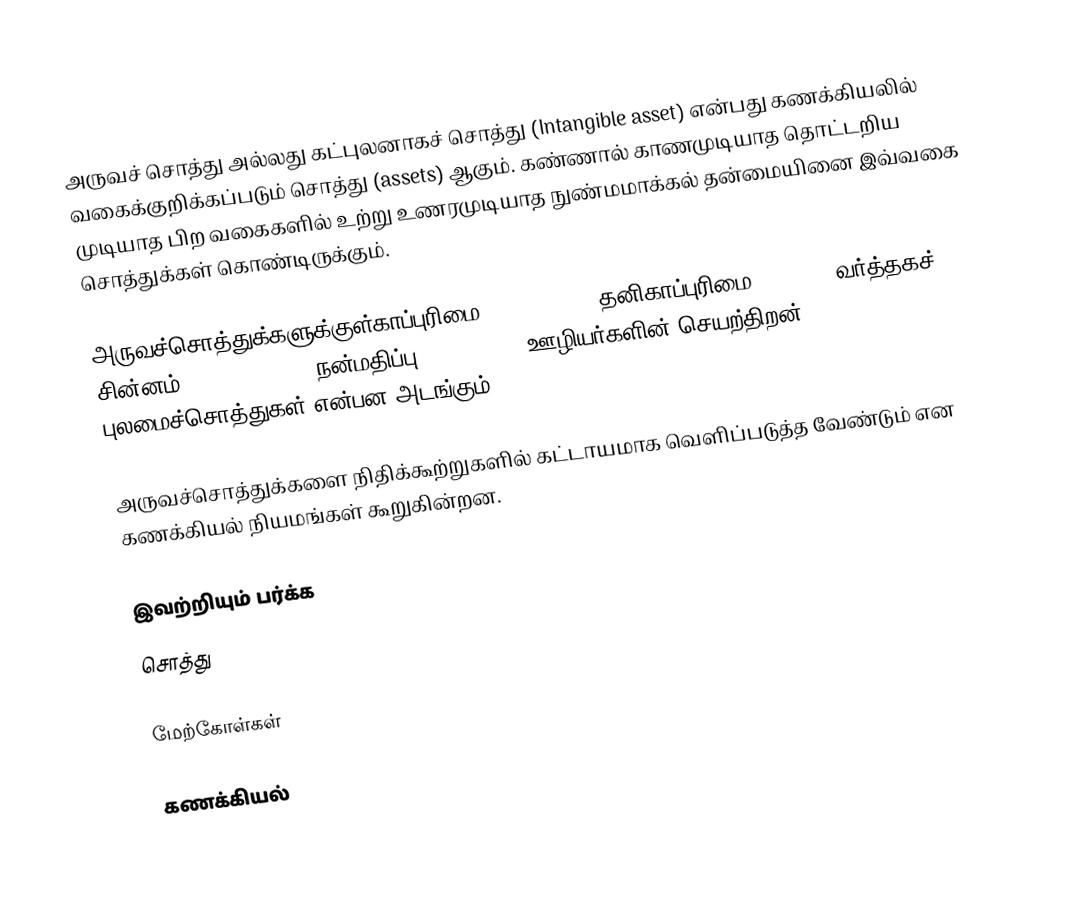
அருவச் சொத்து அல்லது கட்புலனாகச் சொத்து (Intangible asset) என்பது கணக்கியலில் வகைக்குறிக்கப்படும் சொத்து (assets) ஆகும். கண்ணால் காணமுடியாத தொட்டறிய முடியாத பிற வகைகளில் உற்று உணரமுடியாத நுண்மமாக்கல் தன்மையினை இவ்வகை சொத்துக்கள் கொண்டிருக்கும்.

அருவச்சொத்துக்களுக்குள்காப்புரிமை (copyrights) தனிகாப்புரிமை (patent) வர்த்தகச் சின்னம் (Trade marks), நன்மதிப்பு (goodwill), ஊழியர்களின் செயற்திறன், புலமைச்சொத்துகள் என்பன அடங்கும்.

அருவச்சொத்துக்களை நிதிக்கூற்றுகளில் கட்டாயமாக வெளிப்படுத்த வேண்டும் என கணக்கியல் நியமங்கள் கூறுகின்றன.

இவற்றியும் பர்க்க
 சொத்து

மேற்கோள்கள்

கணக்கியல்